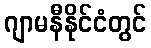
ဂျာမနီနိုင်ငံတွင်